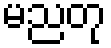
မညတု